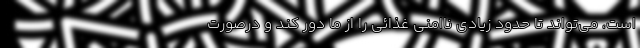
است، می‌تواند تا حدود زیادی ناامنی غذائی را از ما دور کند و درصورت